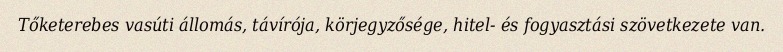
Tőketerebes vasúti állomás, távírója, körjegyzősége, hitel- és fogyasztási szövetkezete van.